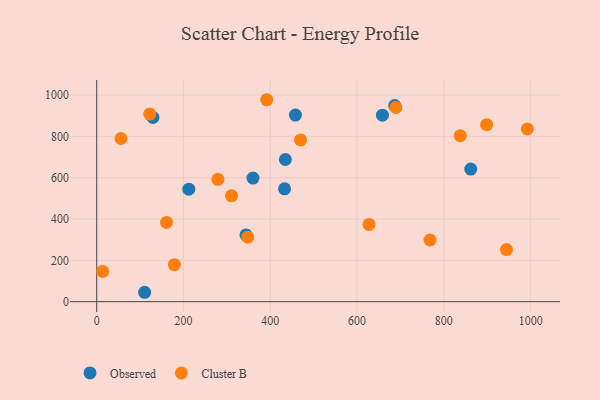
{"axis": {"x": "Distance", "y": "Demand"}, "legend": ["Cluster B", "Observed"], "data": [{"x": "862.0", "y": 641.5, "type": "Observed"}, {"x": "110.4", "y": 45.5, "type": "Observed"}, {"x": "686.8", "y": 948.6, "type": "Observed"}, {"x": "129.6", "y": 891.4, "type": "Observed"}, {"x": "344.0", "y": 323.1, "type": "Observed"}, {"x": "360.1", "y": 597.9, "type": "Observed"}, {"x": "434.7", "y": 687.8, "type": "Observed"}, {"x": "432.9", "y": 545.8, "type": "Observed"}, {"x": "212.2", "y": 544.1, "type": "Observed"}, {"x": "458.0", "y": 902.7, "type": "Observed"}, {"x": "658.5", "y": 902.4, "type": "Observed"}, {"x": "13.6", "y": 146.5, "type": "Cluster B"}, {"x": "627.5", "y": 373.8, "type": "Cluster B"}, {"x": "689.5", "y": 939.4, "type": "Cluster B"}, {"x": "391.8", "y": 977.1, "type": "Cluster B"}, {"x": "992.5", "y": 835.4, "type": "Cluster B"}, {"x": "122.2", "y": 907.8, "type": "Cluster B"}, {"x": "55.9", "y": 789.5, "type": "Cluster B"}, {"x": "279.3", "y": 592.2, "type": "Cluster B"}, {"x": "160.9", "y": 383.6, "type": "Cluster B"}, {"x": "837.8", "y": 803.2, "type": "Cluster B"}, {"x": "944.4", "y": 252.0, "type": "Cluster B"}, {"x": "768.0", "y": 298.3, "type": "Cluster B"}, {"x": "310.5", "y": 512.0, "type": "Cluster B"}, {"x": "898.7", "y": 856.3, "type": "Cluster B"}, {"x": "348.1", "y": 311.9, "type": "Cluster B"}, {"x": "469.7", "y": 782.4, "type": "Cluster B"}, {"x": "179.0", "y": 178.8, "type": "Cluster B"}]}